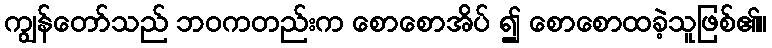
ကျွန်တော်သည် ဘဝကတည်းက စောစောအိပ် ၍ စောစောထခဲ့သူဖြစ်၏။